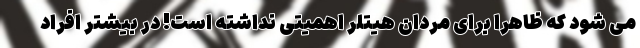
می شود که ظاهرا برای مردان هیتلر اهمیتی نداشته است! در بیشتر افراد